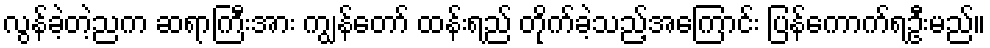
လွန်ခဲ့တဲ့ညက ဆရာကြီးအား ကျွန်တော် ထန်းရည် တိုက်ခဲ့သည့်အကြောင်း ပြန်ကောက်ရဦးမည်။